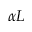
\alpha L